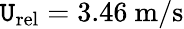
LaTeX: \mathtt{U}_{\mathrm{{rel}}}=3.46~\mathrm{{m/s}}